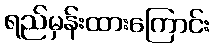
ရည်မှန်းထားကြောင်း